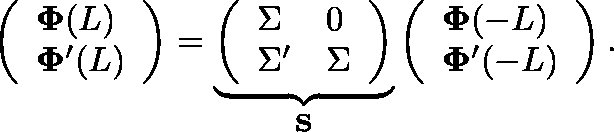
\left( \begin{array} { l } { \mathbf { \Phi } ( L ) } \\ { \mathbf { \Phi } ^ { \prime } ( L ) } \end{array} \right) = \underbrace { \left( \begin{array} { l l } { \Sigma } & { 0 } \\ { \Sigma ^ { \prime } } & { \Sigma } \end{array} \right) } _ { \mathbf { S } } \left( \begin{array} { l } { \mathbf { \Phi } ( - L ) } \\ { \mathbf { \Phi } ^ { \prime } ( - L ) } \end{array} \right) .